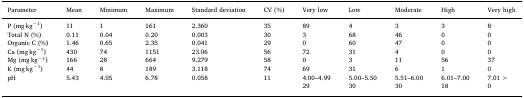
| Parameter | Mean | Minimum | Maximum | Standard deviation | CV (%) | Very low | Low | Moderate | High | Very high |
 | --- | --- | --- | --- | --- | --- | --- | --- | --- | --- | --- |
 | P (mg kg−1) | 11 | 1 | 161 | 2.360 | 35 | 89 | 4 | 3 | 3 | 8 |
 | Total N (%) | 0.11 | 0.04 | 0.20 | 0.003 | 30 | 3 | 68 | 46 | 0 | 0 |
 | Organic C (%) | 1.46 | 0.65 | 2.35 | 0.041 | 29 | 0 | 60 | 47 | 0 | 0 |
 | Ca (mg kg−1) | 430 | 74 | 1151 | 23.06 | 56 | 72 | 31 | 4 | 0 | 0 |
 | Mg (mg kg−1) | 166 | 28 | 664 | 9.279 | 58 | 0 | 3 | 11 | 56 | 37 |
 | K (mg kg−1) | 44 | 8 | 189 | 3.118 | 74 | 69 | 31 | 6 | 1 | 0 |
 | pH | 5.43 | 4.05 | 6.78 | 0.058 | 11 | 4.00–4.99 | 5.00–5.50 | 5.51–6.00 | 6.01–7.00 | 7.01> |
 |  |  |  |  |  |  | 29 | 30 | 30 | 18 | 0 |